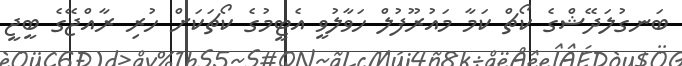
ބަނގުލަދޭޝްގެ ކޯޗް ކަމާ މައުރޫފުލް ހަވާލުވީ އެޓީމުގެ ކޯޗަކަށް ހުރި ރާއްޖޭގެ ބީޖީ